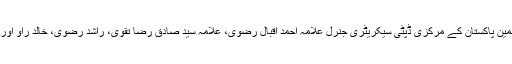
احتجاجی مظاہرین سے مجلس وحدت مسلمین پاکستان کے مرکزی ڈپٹی سیکریٹری جنرل علامہ احمد اقبال رضوی، علامہ سید صادق رضا تقوی، راشد رضوی، خالد راو اور لاپتہ ثمر عباس کے والد نے خطاب کیا۔